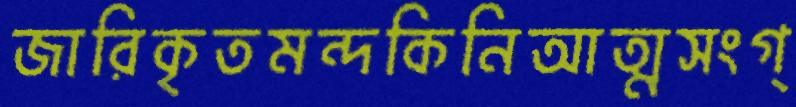
জারিকৃতমন্দকিনিআত্মসংগ্